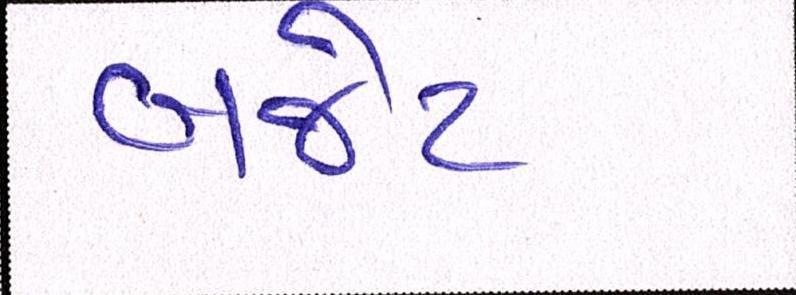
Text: બજેટ